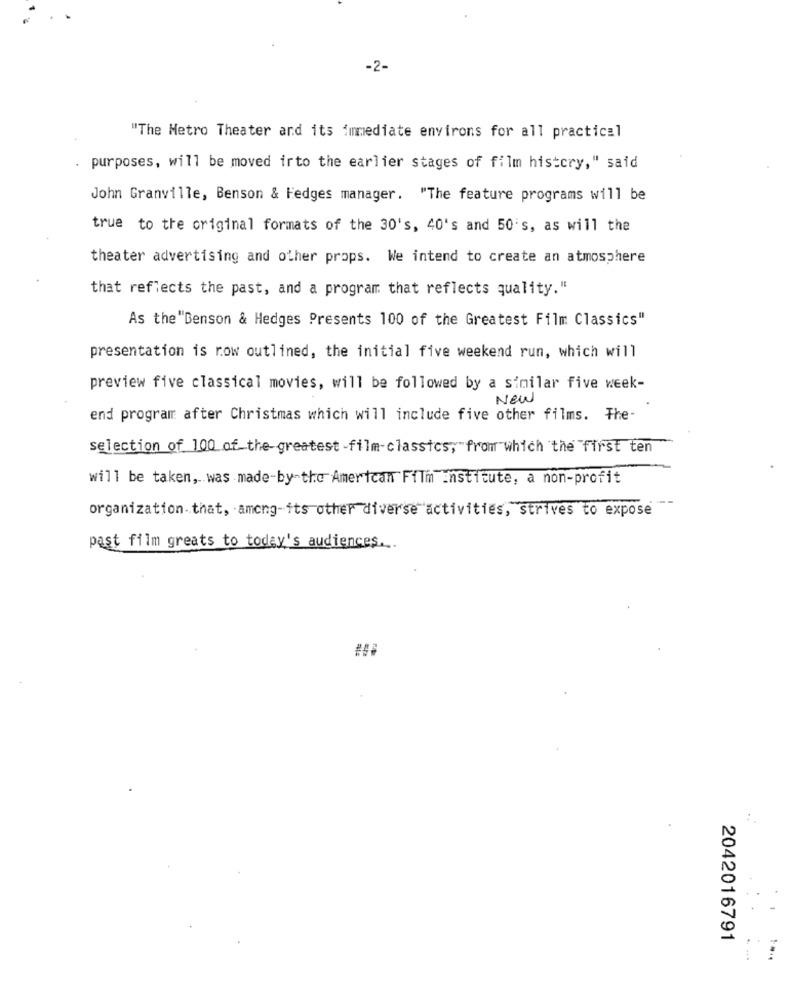
-2-
"The Metro Theater and its immediate environs for all practical
purposes, will be moved irto the earlier stages of film histcry," said
John Granville, Benson & Hedges manager. "The feature programs will be
true to the original formats of the 30's, 40's and 50's, as will the
theater advertising and other props. We intend to create an atmosphere
that reflects the past, and a program that reflects quality."
As the "Benson & Hedges Presents 100 of the Greatest Film Classics"
presentation is row outlined, the initial five weekend run, which will
preview five classical movies, will be followed by a similar five week-
New
end program after Christmas which will include five other films. The-
selection of 100 of the greatest-film-classics, from which the first ten
will be taken, was made-by-the American Film institute, a non-profit
organization that, among-its other diverse activities, strives to expose
past film greats to today's audiences ...
2042016791